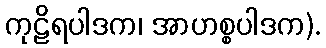
ကုဠိရပါဒက၊ အာဟစ္စပါဒက).